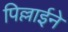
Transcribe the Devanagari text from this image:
पिल्लाईने